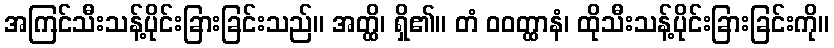
အကြင်သီးသန့်ပိုင်းခြားခြင်းသည်။ အတ္ထိ၊ ရှိ၏။ တံ ဝဝတ္ထာနံ၊ ထိုသီးသန့်ပိုင်းခြားခြင်းကို။